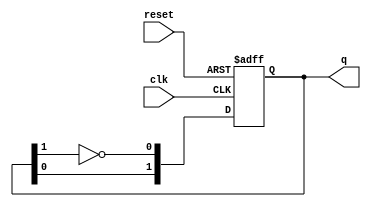
module JohnsonCounter #(
    parameter N = 2 // Number of flip-flops (can be adjusted as needed)
)(
    input wire clk,          // Clock signal
    input wire reset,        // Reset signal
    output reg [N-1:0] q     // Output state
);

// Internal signal for feedback
wire feedback;

// Feedback from the last flip-flop (complemented)
assign feedback = ~q[N-1];

// Sequential logic for the Johnson counter
always @(posedge clk or posedge reset) begin
    if (reset) begin
        // Reset all flip-flops to 0
        q <= {N{1'b0}};
    end else begin
        // Shift the states according to the Johnson counter pattern
        q <= {q[N-2:0], feedback}; // Shift and insert feedback
    end
end

endmodule